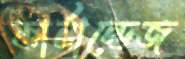
ফার্নান্ডেজ